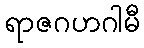
ရာဇဂဟဂါမီ